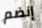
إنضم